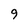
Character: 9